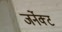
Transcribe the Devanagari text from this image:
जर्नेक्ट